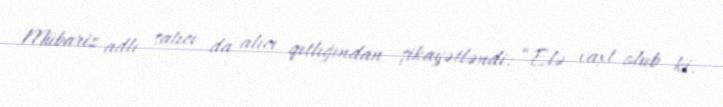
Mübariz adlı satıcı da alıcı qıtlığından şikayətləndi: “Elə vaxt olub ki,